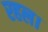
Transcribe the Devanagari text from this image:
रहल।